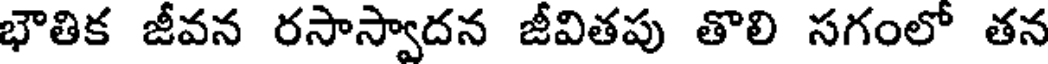
భౌతిక జీవన రసాస్వాదన జీవితపు తొలి సగంలో తన